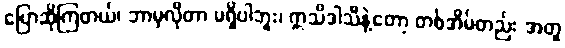
ပြောဆိုကြတယ်၊ ဘာမှလိုတာ မရှိပါဘူး၊ ဣသိဒါသီနဲ့တော့ တစ်အိမ်တည်း အတူ